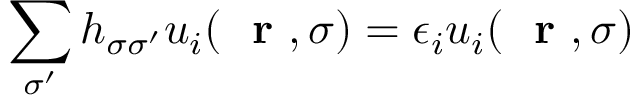
\sum _ { \sigma ^ { \prime } } h _ { \sigma \sigma ^ { \prime } } u _ { i } ( \mathrm { ~ \bf ~ r ~ } , \sigma ) = \epsilon _ { i } u _ { i } ( \mathrm { ~ \bf ~ r ~ } , \sigma )